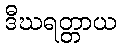
ဒီဃရတ္တာယ